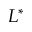
L ^ { * }